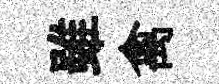
雖禽